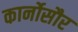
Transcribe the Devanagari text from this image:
कार्नोसौर